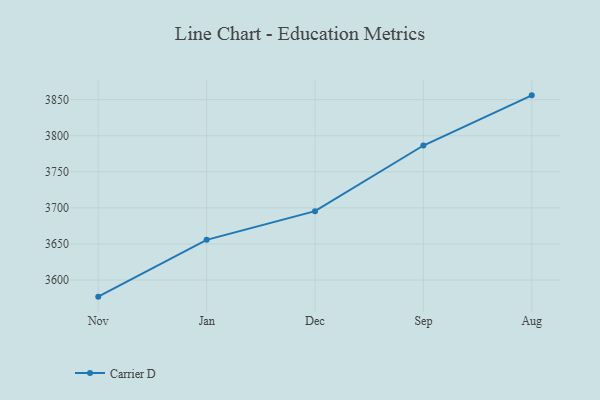
{"axis": {"x": "Month", "y": "Conversion Rate (%)"}, "legend": ["Carrier D"], "data": [{"x": "Nov", "y": 3577.0, "type": "Carrier D"}, {"x": "Jan", "y": 3655.7, "type": "Carrier D"}, {"x": "Dec", "y": 3695.4, "type": "Carrier D"}, {"x": "Sep", "y": 3786.4, "type": "Carrier D"}, {"x": "Aug", "y": 3855.9, "type": "Carrier D"}]}